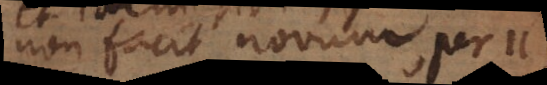
non facit novum, per